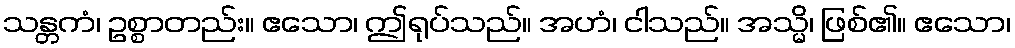
သန္တကံ၊ ဥစ္စာတည်း။ ဧသော၊ ဤရုပ်သည်။ အဟံ၊ ငါသည်။ အသ္မိ၊ ဖြစ်၏။ ဧသော၊